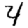
Digit: 4